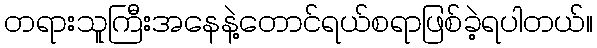
တရားသူကြီးအနေနဲ့တောင်ရယ်စရာဖြစ်ခဲ့ရပါတယ်။